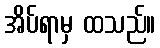
အိပ်ရာမှ ထသည်။